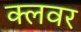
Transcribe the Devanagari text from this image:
क्लवर